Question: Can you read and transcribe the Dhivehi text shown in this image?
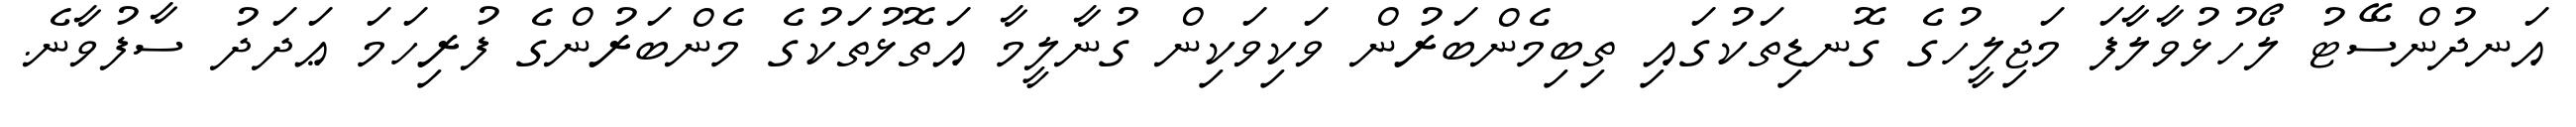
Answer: އަނދުންސޭޓު ލޯހުޅުވާލާފަ މަޖިލީހުގެ ގޮނޑިތަކުގައި ތިބިމެންބަރުން ވަކިވަކިން ގުނާލީމާ އަތޮޅުތަކުގެ މެންބަރުންގެ ފުރިހަމަ ޢަދަދު ސާފުވާނެ.